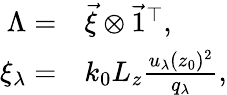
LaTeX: \begin{array}{rl}{\Lambda=}&{{}\vec{\xi}\otimes\vec{1}^{\top},}\\ {\xi_{\lambda}=}&{{}k_{0}L_{z}\frac{u_{\lambda}(z_{0})^{2}}{q_{\lambda}},}\end{array}